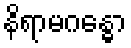
နိရာမဂန္ဓော